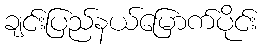
ချင်းပြည်နယ်မြောက်ပိုင်း